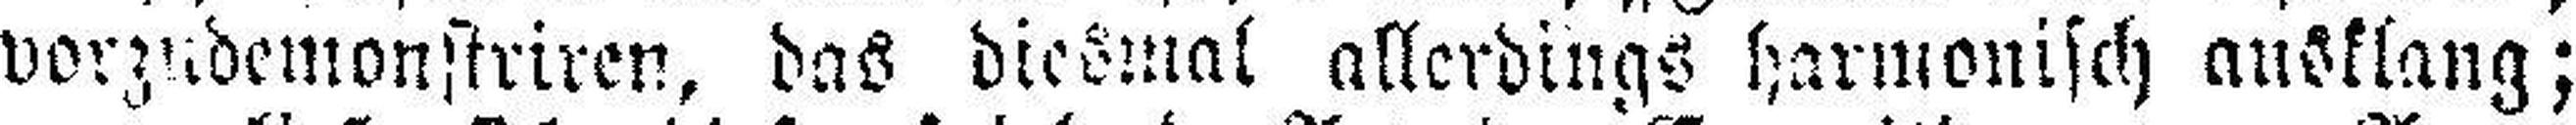
vorzudemonstriren, das diesmal allerdings harmonisch ausklang;